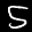
Label: 5